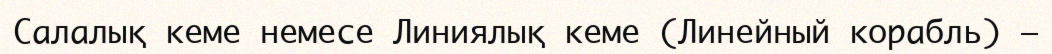
Салалық кеме немесе Линиялық кеме (Линейный корабль) —